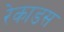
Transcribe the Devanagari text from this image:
रेकाडस